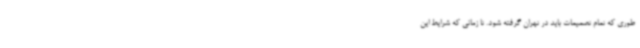
طوری که تمام تصمیمات باید در تهران گرفته شود. تا زمانی که شرایط این